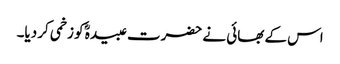
اس کے بھائی نے حضرت عبیدہؓ کو زخمی کر دیا۔